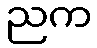
ညက